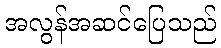
အလွန်အဆင်ပြေသည်